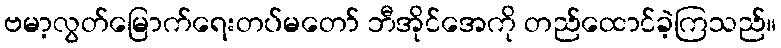
ဗမာ့လွတ်မြောက်ရေးတပ်မတော် ဘီအိုင်အေကို တည်ထောင်ခဲ့ကြသည်။